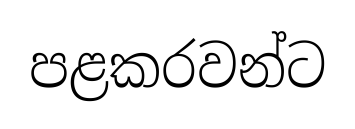
පළකරවන්ට